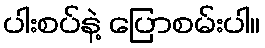
ပါးစပ်နဲ့ ပြောစမ်းပါ။